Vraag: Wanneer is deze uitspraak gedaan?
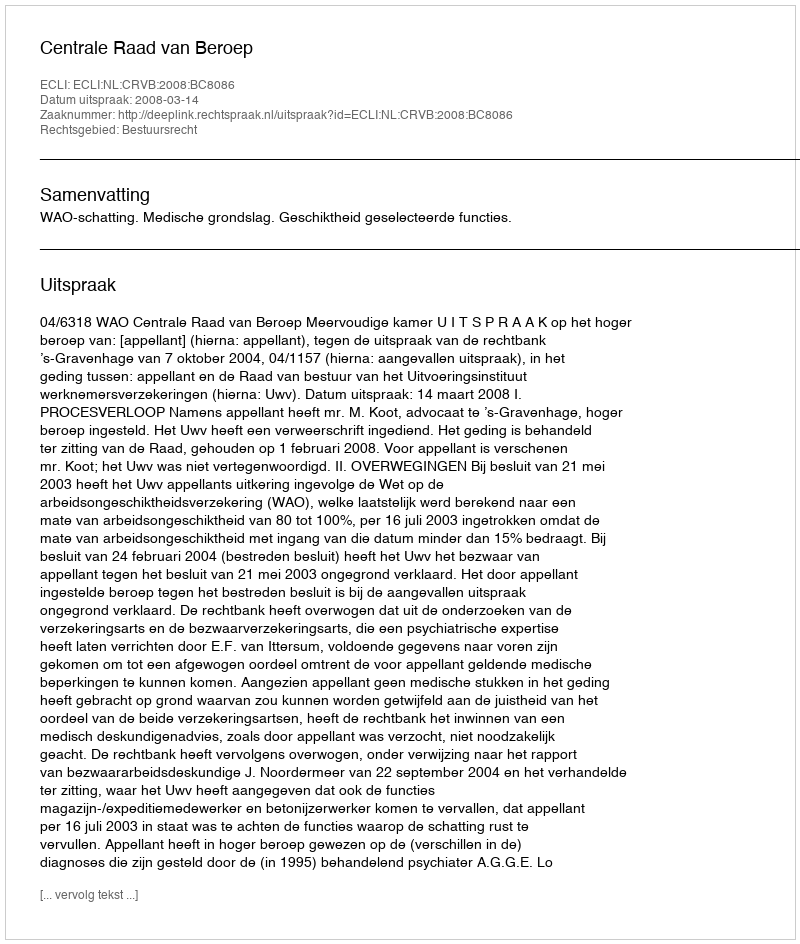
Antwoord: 2008-03-14